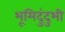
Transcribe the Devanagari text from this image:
भूमिदुंदुभी